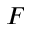
F